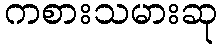
ကစားသမားဆု